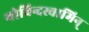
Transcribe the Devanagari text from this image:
गोविन्दस्वामिन्